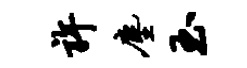
许尘玉